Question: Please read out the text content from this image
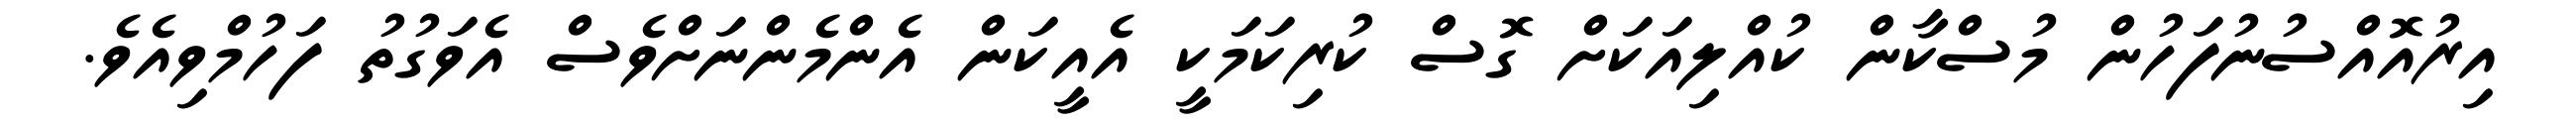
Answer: އިރުއޮއްސުނުފަހުން މުސްކާން ކުއްލިއަކަށް ގޮސް ކުރިކަމަކީ އެއީކަން އެންމެންނަށްވެސް އެވަގުތު ފަހުމްވިއެވެ.